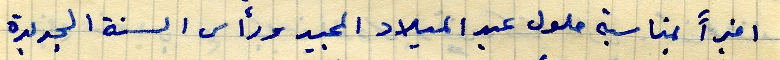
اخيراً بمناسبة حلول عيد الميلاد المجيد ورأس السنة الجديدة